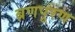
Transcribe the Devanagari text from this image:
ब्रणपूरण